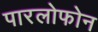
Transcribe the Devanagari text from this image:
पारलोफोन